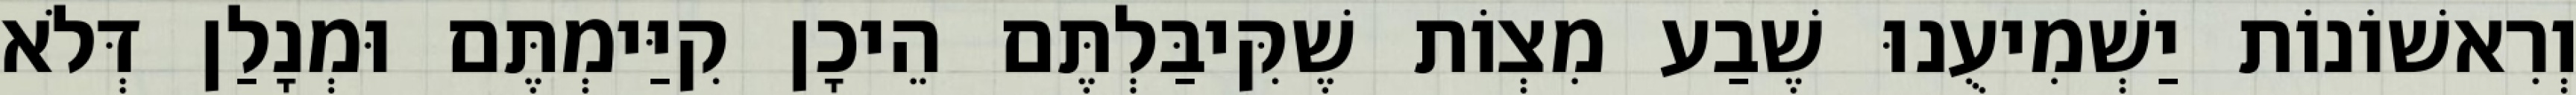
וְרִאשׁוֹנוֹת יַשְׁמִיעֻנוּ שֶׁבַע מִצְוֹת שֶׁקִּיבַּלְתֶּם הֵיכָן קִיַּימְתֶּם וּמְנָלַן דְּלֹא